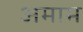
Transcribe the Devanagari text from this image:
अमाम